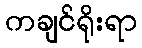
ကချင်ရိုးရာ